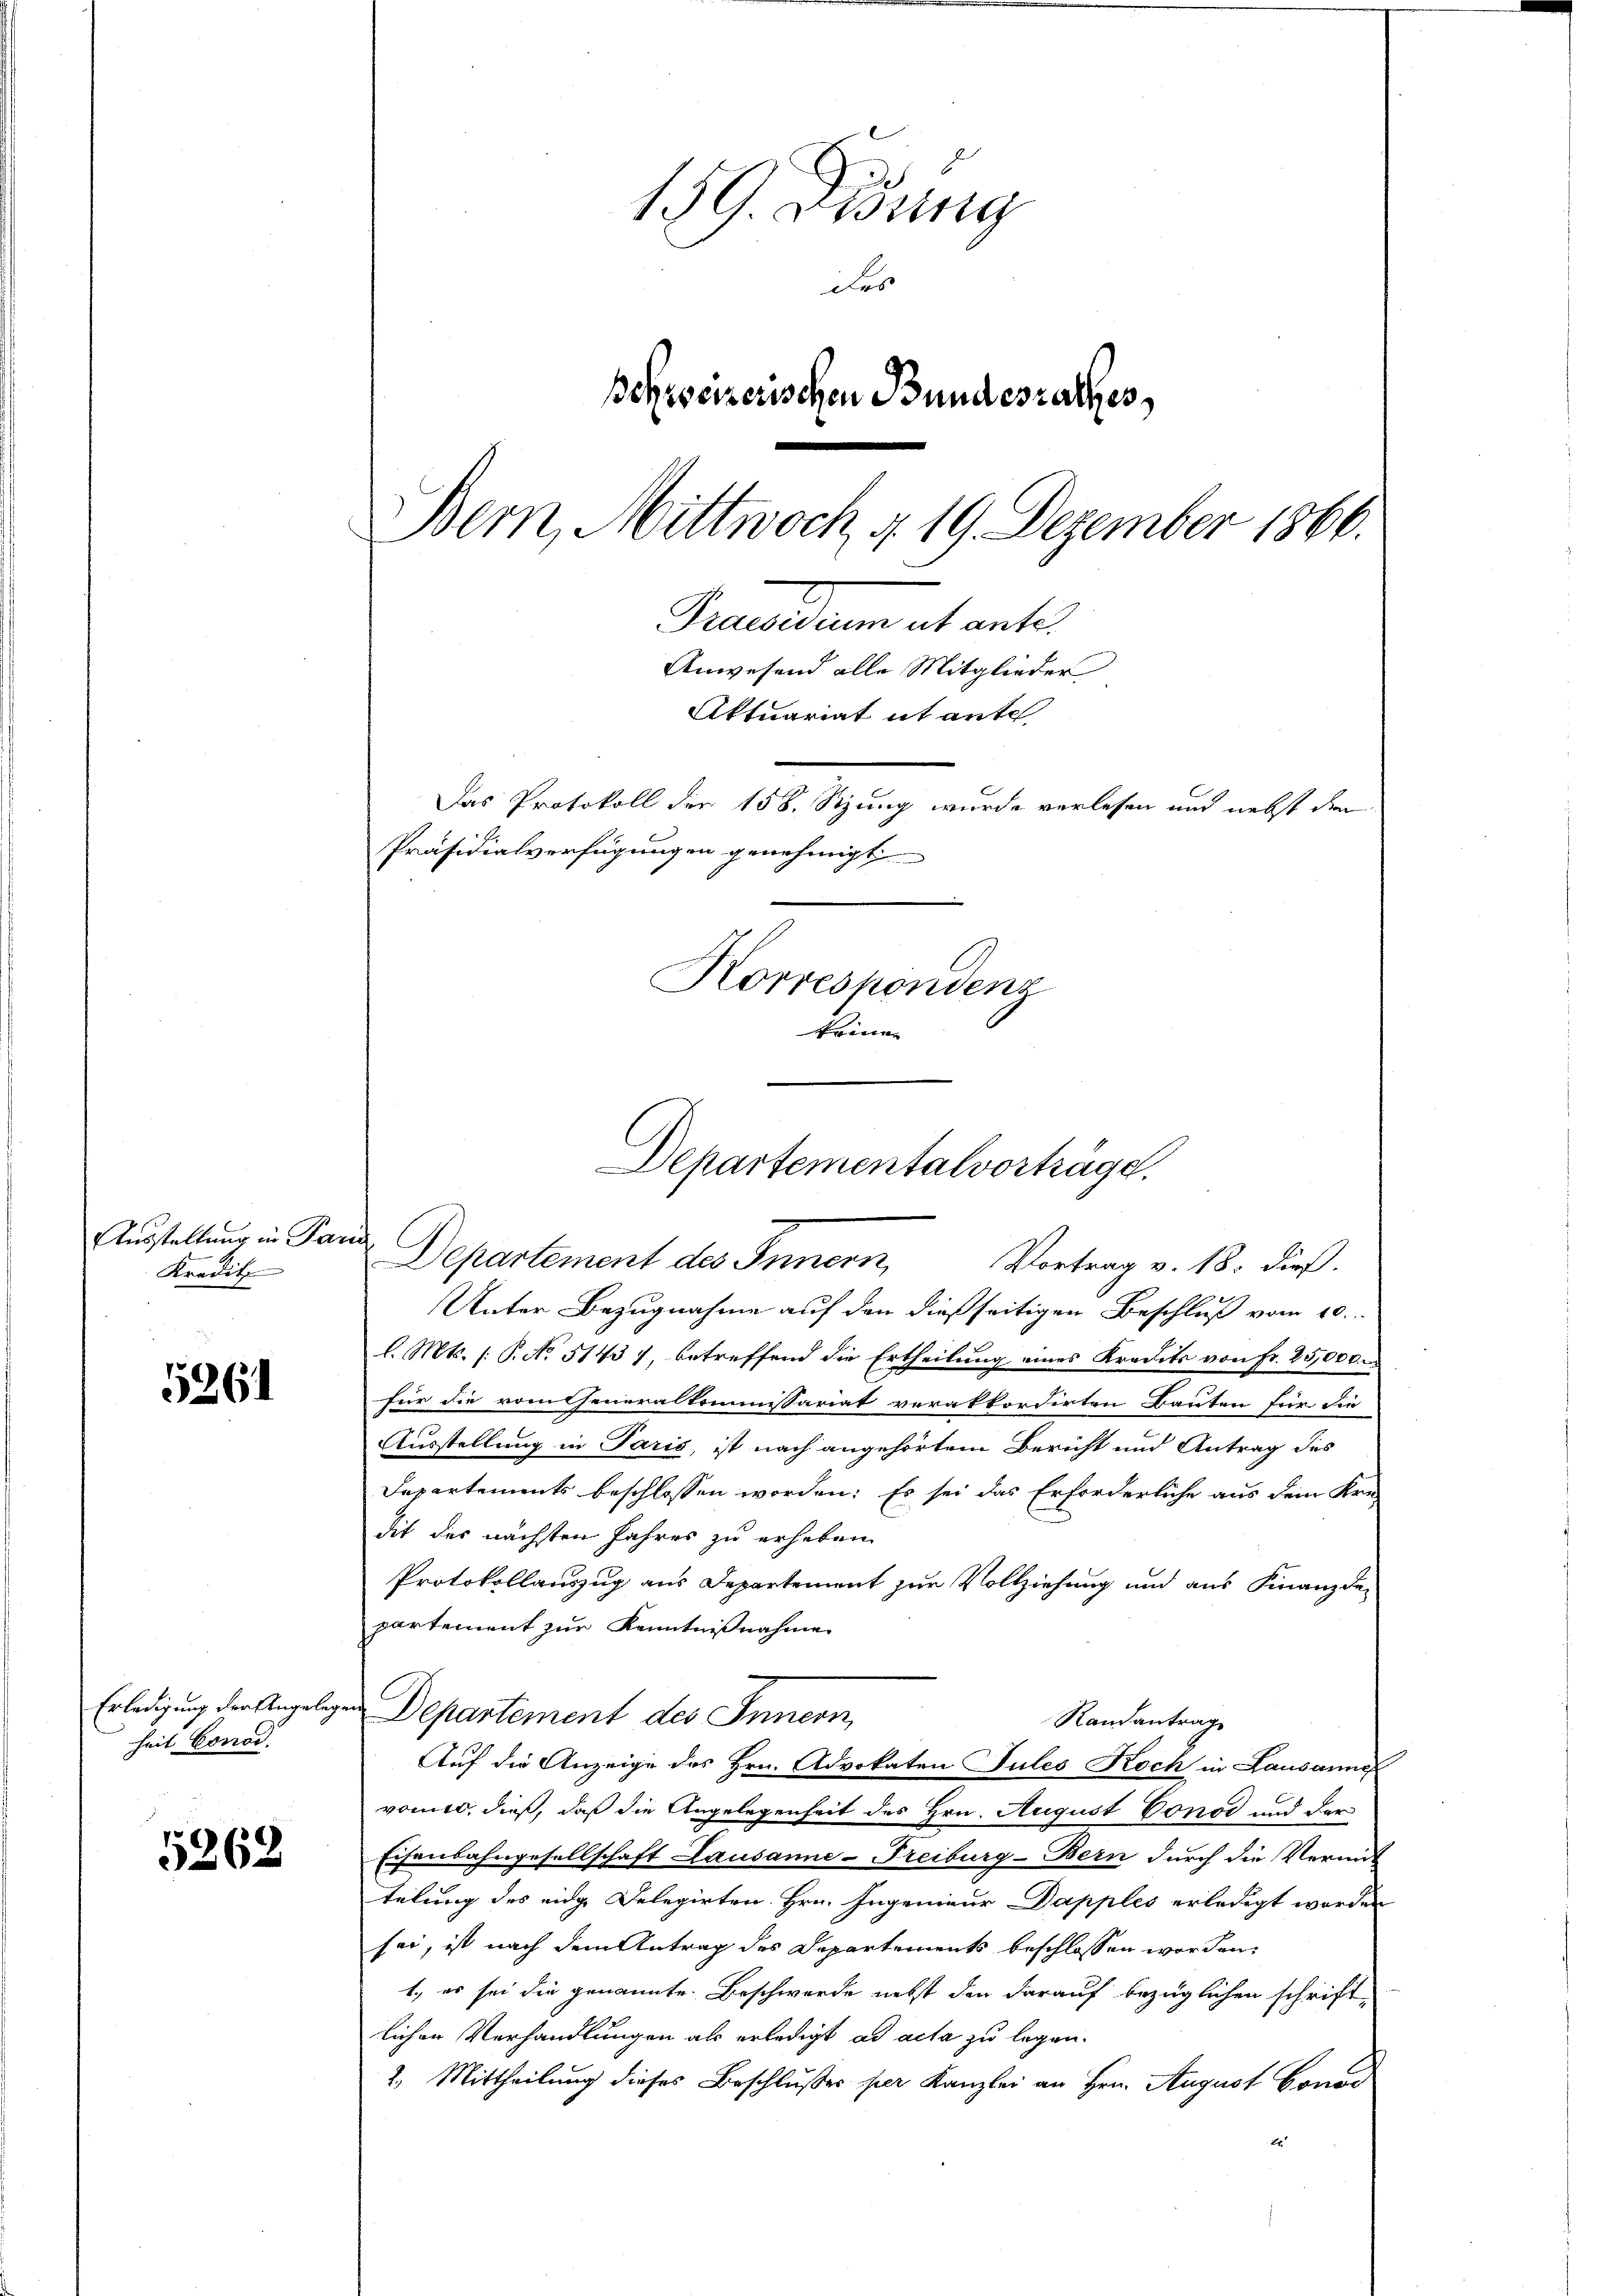
Ausstaltung in Pa
Kredit

5261

Erledigung der Angeleg
heit Conod.

5262

159 Didung
des
Behweizerischen Bundesrathes,
Bern, Mittwoch 4. 19. Dezember 1866.
Praesidium ut ante.
Anwesend alle Mitglieder
Aktuariat it ante
Das Protokoll der 158. Sitzung wurde verlesen und nebst den
Präsidialverfügungen genehmigt
Korrespondenz
keine

Departementalvorträge.
Departement des Innern,
Vortrag v. 18. dieß.

zech
Unter Bezugnahme auf den dießseitigen Beschluß vom 10.
l. Mts. (: P. No. 51437, betreffend die Ertheilung eines Kredits von Fr. 25,000.
für die vom Generalkommissariat verakkordirten Bauten für die
Ausstellung in Paris, ist nach angehörtem Bericht und Antrag des
Departements beschlossen worden: Es sei das Erforderliche aus dem Krei
dit des nächsten Jahres zu erheben.
Protokollauszug aus Departement zur Vollziehung und aus Finanzde
partement zur Kenntnißnahme
 Departement des Innern,
Randantrag
Auf die Anzeige des Hrn. Advokaten Jules Koch in Lausanne
vomit, dieß, daß die Angelegenheit des Hrn. August Conod und der
Eisenbahngesellschaft Lausanne-Freiburg - Bern durch die Vermit
telung des eidge Delegirten. Hrn. Ingenieur Dapples erledigt worden
sei, ist nach dem Antrag des Departements beschlossen worden,
1., es sei die genannte Beschwerde nebst den darauf bezüglichen schrift
lichen Verhandlungen als erledigt ad acta zu legen.
2. Mittheilung dieses Beschlußes per Kanzlei an Hrn. August Conrad